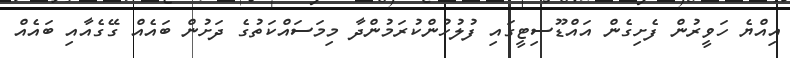
އިއްޔެ ހަވީރުން ފެށިގެން އައްޑޫސިޓީގައި ފުލުހުންކުރަމުންދާ މިމަސައްކަތުގެ ދަށުން ބައެއް ގޭގެއާއި ބައެއް